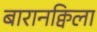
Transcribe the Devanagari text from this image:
बारानक्विला